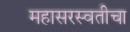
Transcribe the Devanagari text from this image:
महासरस्वतीचा